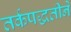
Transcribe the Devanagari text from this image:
तर्कपद्धतीने